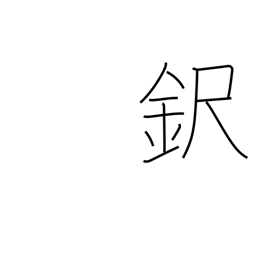
Meaning: surname